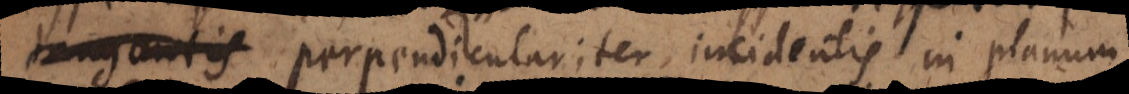
perpendiculariter incidentis in planum